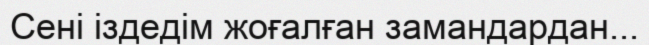
Сені іздедім жоғалған замандардан...